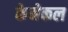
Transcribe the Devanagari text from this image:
केमेकल